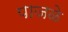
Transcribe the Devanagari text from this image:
पाजळे